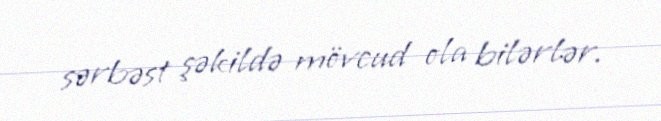
sərbəst şəkildə mövcud ola bilərlər.